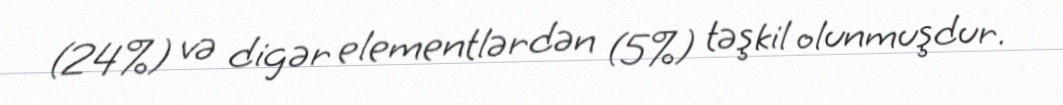
(24%) və digər elementlərdən (5%) təşkil olunmuşdur.